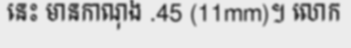
នេះ មានកាណុង .45 (11mm)។ លោក